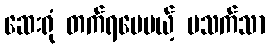
ဆေးရုံ တက်ရပေမယ့် မသက်သာ